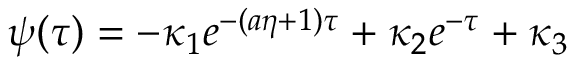
\psi ( \tau ) = - \kappa _ { 1 } e ^ { - ( a \eta + 1 ) \tau } + \kappa _ { 2 } e ^ { - \tau } + \kappa _ { 3 }